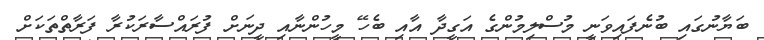
ބަޔާނުގައި ބުނެފައިވަނީ މުސްލިމުންގެ އަގީދާ އާއި ބެހޭ މީހުންނާއި ދީނަށް ފުރައްސާރަކުރާ ފަރާތްތަކަށް